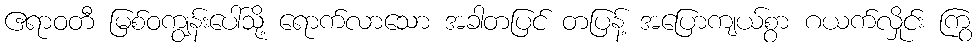
ဧရာဝတီ မြစ်ဝကျွန်းပေါ်သို့ ရောက်လာသော အခါတပြင် တပြန့် အပြောကျယ်စွာ ဂယက်လှိုင်း ကြွ